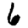
Digit: 6